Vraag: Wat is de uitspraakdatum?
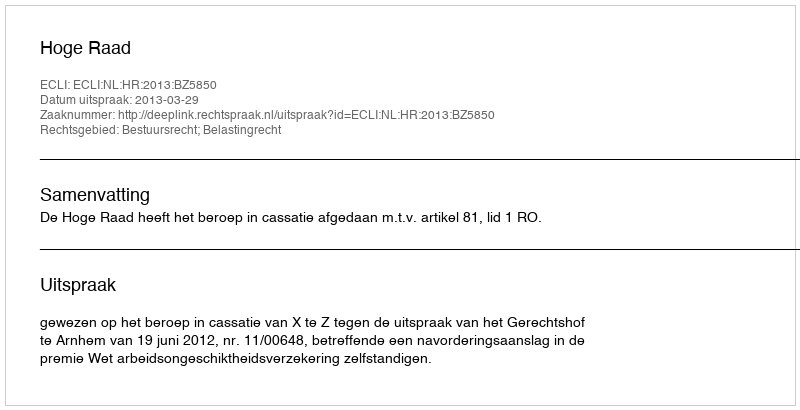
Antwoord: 2013-03-29